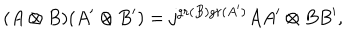
( A \otimes B ) ( A ^ { \prime } \otimes B ^ { \prime } ) = j ^ { g r ( B ) g r ( A ^ { \prime } ) } A A ^ { \prime } \otimes B B ^ { \prime } ,